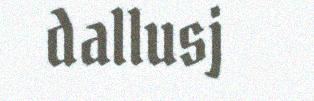
dallusj